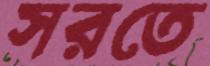
সরতে